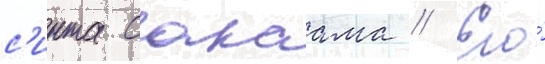
с'инта сакаама // Его́